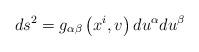
LaTeX: \begin{align*}ds^{2}=g_{\alpha \beta }\left( x^{i},v\right) du^{\alpha }du^{\beta }\end{align*}